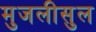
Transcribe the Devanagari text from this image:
मुजलीसुल